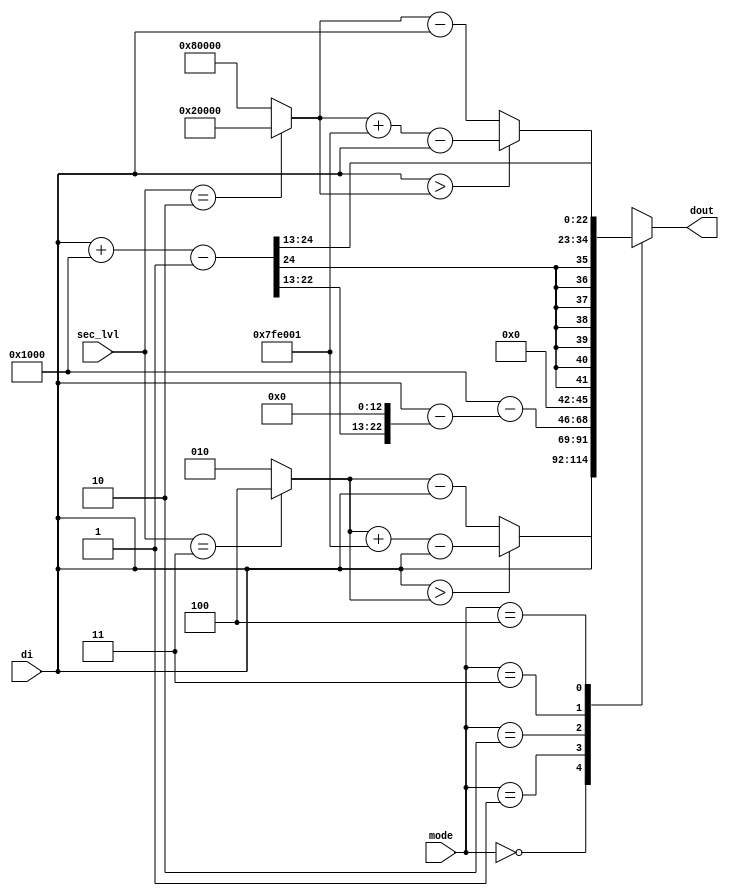
/*
 * From our research paper "High-Performance Hardware Implementation of CRYSTALS-Dilithium"
 * by Luke Beckwith, Duc Tri Nguyen, Kris Gaj
 * at George Mason University, USA
 * https://eprint.iacr.org/2021/1451.pdf
 * =============================================================================
 * Copyright (c) 2021 by Cryptographic Engineering Research Group (CERG)
 * ECE Department, George Mason University
 * Fairfax, VA, U.S.A.
 * Licensed under the Apache License, Version 2.0 (the "License");
 * you may not use this file except in compliance with the License.
 * You may obtain a copy of the License at
 *     http://www.apache.org/licenses/LICENSE-2.0
 * Unless required by applicable law or agreed to in writing, software
 * distributed under the License is distributed on an "AS IS" BASIS,
 * WITHOUT WARRANTIES OR CONDITIONS OF ANY KIND, either express or implied.
 * See the License for the specific language governing permissions and
 * limitations under the License.
 * =============================================================================
 * @author   Luke Beckwith <lbeckwit@gmu.edu>
 */


`timescale 1ns / 1ps

module uncenter_coeff(
    input [2:0] sec_lvl,
    input [2:0] mode,
    input [22:0] di,
    output reg [22:0] dout
    );
    
    localparam
        Q = 23'd8380417;
        
    localparam
        M_NONE   = 3'd0,
        M_ETA    = 3'd1,
        M_T0     = 3'd2,
        M_T1     = 3'd3,
        M_GAMMA1 = 3'd4;
        
    reg signed [23:0] t0, t1;
    
    reg [3:0] ETA;
    reg [12:0] T;
    reg [19:0] GAMMA1;
    always @(*) begin
        ETA    = (sec_lvl == 3) ? 4 : 2;
        T      = (1 << 13-1);
        GAMMA1 = (sec_lvl == 2) ? (1 << 17) : (1 << 19);
        
        t1 = (di + T - 1) >> 13;
        t0 = di - (t1 << 13);
        
        (*full_case*)
        case({mode})
        M_NONE:   dout = di;
        M_ETA:    dout = (di > ETA)    ? ETA + Q - di    : ETA - di;
        M_T0:     dout = T - t0;
        M_T1:     dout = t1;
        M_GAMMA1: dout = (di > GAMMA1) ? GAMMA1 + Q - di : GAMMA1 - di;
        endcase
    end
    
endmodule